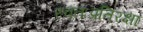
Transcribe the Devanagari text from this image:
स्वतःप्रतिरक्षा